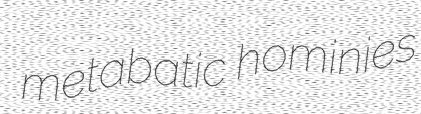
metabatic hominies